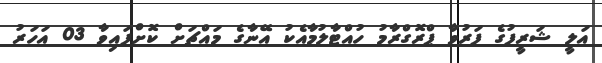
އަލީ ޝަރީފުގެ ފަރުވާ ޕްރޮގްރާމު ހުއްޓާލުމާއެކު އޭނާގެ މައްޗަށް ކޮށްފައިވާ 03 އަހަރު